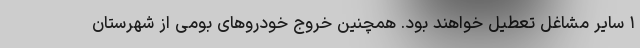
۱ سایر مشاغل تعطیل خواهند بود. همچنین خروج خودروهای بومی از شهرستان